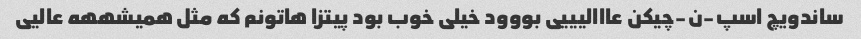
ساندویچ اسپ-ن-چیکن عااالیییی بووود خیلی خوب بود پیتزا هاتونم که مثل همیشههه عالیی